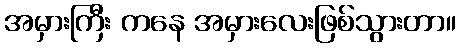
အမှားကြီး ကနေ အမှားလေးဖြစ်သွားတာ။